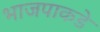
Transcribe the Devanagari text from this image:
भाजपाकडे